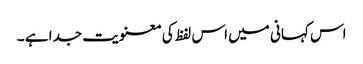
اس کہانی میں اس لفظ کی معنویت جدا ہے ۔